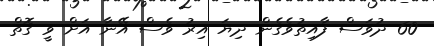
60 ދުވަސް ފާއިތުވެގެން ދިޔަ އިރު ވެސް އޭނާ އަށް ވީ ގޮތް